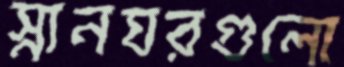
স্নানঘরগুলো